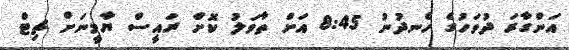
އަންގާރަ ދުވަހުގެ ހެނދުނު 8:45 އަށް ތާވަލު ކޮށް ރައީސް ޔާމީނަށް ޗިޓް